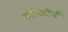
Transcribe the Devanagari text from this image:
स्टॅफॉर्ड